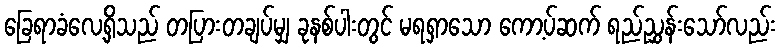
ခြေရာခံလေ့ရှိသည် တပြားတချပ်မျှ ခုနစ်ပါးတွင် မရရှာသော ကော့ပ်ဆက် ရည်ညွှန်းသော်လည်း